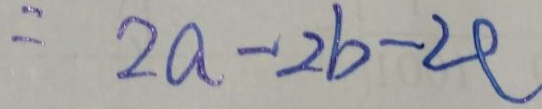
= 2 a - 2 b - 2 c